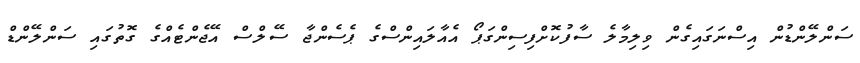
ސަންލޭންޑުން އިސްނަގައިގެން ވިލިމާލެ ސާފުކޮށްފިސިންގަޕޯ އެއާލައިންސްގެ ޕެސެންޖާ ސޭލްސް އޭޖެންޓެއްގެ ގޮތުގައި ސަންލޭންޑް